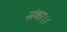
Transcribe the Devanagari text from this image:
संका।।